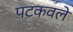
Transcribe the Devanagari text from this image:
पटकवले